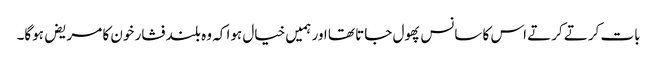
بات کرتے کرتے اس کا سانس پھول جاتا تھا اور ہمیں خیال ہوا کہ وہ بلند فشار خون کا مریض ہوگا۔